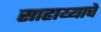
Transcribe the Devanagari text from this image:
साहाय्याचे